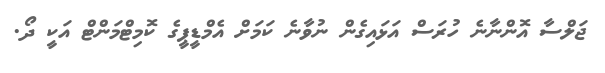
ޖަލްސާ އޮންނާނެ ހުރަސް އަޅައިގެން ނުވާނެ ކަމަށް އެމްޑީޕީގެ ކޮމިޓްމަންޓް އަކީ ދޯ.